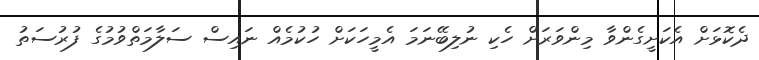
ދެކޮޅަށް އެކަށީގެންވާ މިންވަރަށް ހެކި ނުލިބޭނަމަ އެމީހަކަށް ހުކުމެއް ނައިސް ސަލާމަތްވުމުގެ ފުރުސަތު